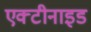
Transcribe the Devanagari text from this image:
एक्टीनाइड